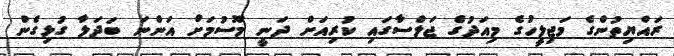
ރައްޔިތުންގެ މަޖިލީހުގެ މިއަދުގެ ޖަލްސާގައިި ކުރިއަށް ދަނީ މޫސުމަށް އަންނަ ބަދަލާ ގުޅިގެން